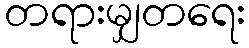
တရားမျှတရေး